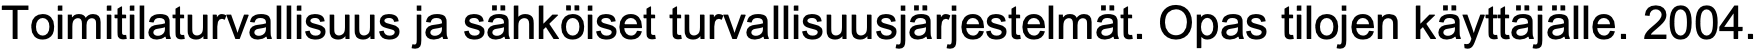
Toimitilaturvallisuus ja sähköiset turvallisuusjärjestelmät. Opas tilojen käyttäjälle. 2004.